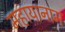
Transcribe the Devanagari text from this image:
महायानाम